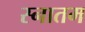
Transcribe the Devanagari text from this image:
स्नातम